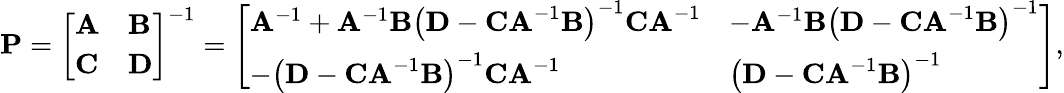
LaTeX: \mathbf{P}={\left[\begin{array}{ll}{\mathbf{A}}&{\mathbf{B}}\\ {\mathbf{C}}&{\mathbf{D}}\end{array}\right]}^{-1}={\left[\begin{array}{ll}{\mathbf{A}^{-1}+\mathbf{A}^{-1}\mathbf{B}\left(\mathbf{D}-\mathbf{CA}^{-1}\mathbf{B}\right)^{-1}\mathbf{CA}^{-1}}&{-\mathbf{A}^{-1}\mathbf{B}\left(\mathbf{D}-\mathbf{CA}^{-1}\mathbf{B}\right)^{-1}}\\ {-\left(\mathbf{D}-\mathbf{CA}^{-1}\mathbf{B}\right)^{-1}\mathbf{CA}^{-1}}&{\left(\mathbf{D}-\mathbf{CA}^{-1}\mathbf{B}\right)^{-1}}\end{array}\right]},